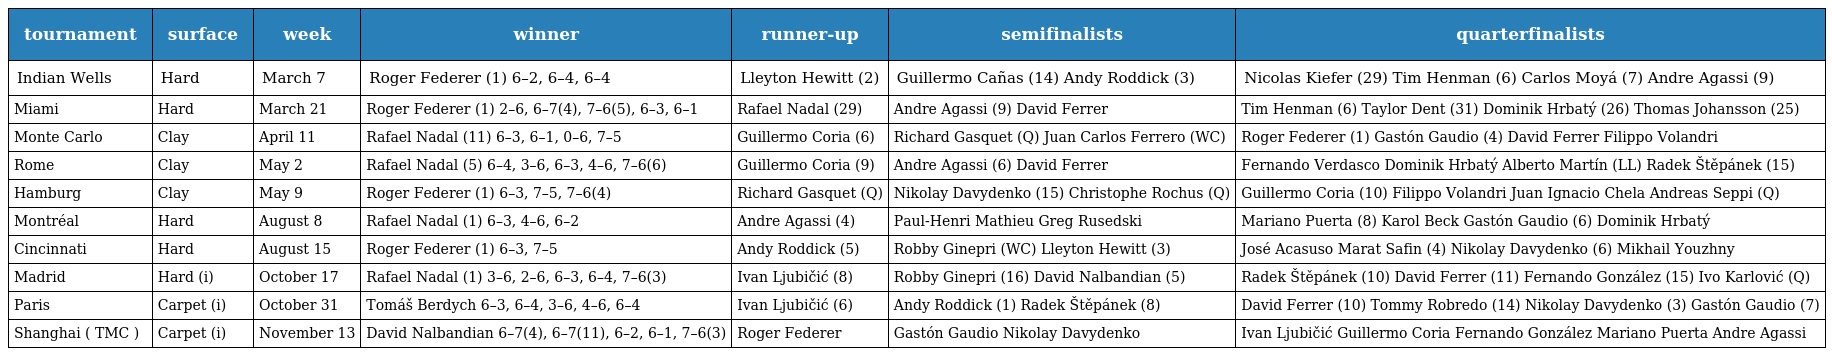
| tournament | surface | week | winner | runner-up | semifinalists | quarterfinalists |
 | --- | --- | --- | --- | --- | --- | --- |
 | Indian Wells | Hard | March 7 | Roger Federer (1) 6–2, 6–4, 6–4 | Lleyton Hewitt (2) | Guillermo Cañas (14) Andy Roddick (3) | Nicolas Kiefer (29) Tim Henman (6) Carlos Moyá (7) Andre Agassi (9) |
 | Miami | Hard | March 21 | Roger Federer (1) 2–6, 6–7(4), 7–6(5), 6–3, 6–1 | Rafael Nadal (29) | Andre Agassi (9) David Ferrer | Tim Henman (6) Taylor Dent (31) Dominik Hrbatý (26) Thomas Johansson (25) |
 | Monte Carlo | Clay | April 11 | Rafael Nadal (11) 6–3, 6–1, 0–6, 7–5 | Guillermo Coria (6) | Richard Gasquet (Q) Juan Carlos Ferrero (WC) | Roger Federer (1) Gastón Gaudio (4) David Ferrer Filippo Volandri |
 | Rome | Clay | May 2 | Rafael Nadal (5) 6–4, 3–6, 6–3, 4–6, 7–6(6) | Guillermo Coria (9) | Andre Agassi (6) David Ferrer | Fernando Verdasco Dominik Hrbatý Alberto Martín (LL) Radek Štěpánek (15) |
 | Hamburg | Clay | May 9 | Roger Federer (1) 6–3, 7–5, 7–6(4) | Richard Gasquet (Q) | Nikolay Davydenko (15) Christophe Rochus (Q) | Guillermo Coria (10) Filippo Volandri Juan Ignacio Chela Andreas Seppi (Q) |
 | Montréal | Hard | August 8 | Rafael Nadal (1) 6–3, 4–6, 6–2 | Andre Agassi (4) | Paul-Henri Mathieu Greg Rusedski | Mariano Puerta (8) Karol Beck Gastón Gaudio (6) Dominik Hrbatý |
 | Cincinnati | Hard | August 15 | Roger Federer (1) 6–3, 7–5 | Andy Roddick (5) | Robby Ginepri (WC) Lleyton Hewitt (3) | José Acasuso Marat Safin (4) Nikolay Davydenko (6) Mikhail Youzhny |
 | Madrid | Hard (i) | October 17 | Rafael Nadal (1) 3–6, 2–6, 6–3, 6–4, 7–6(3) | Ivan Ljubičić (8) | Robby Ginepri (16) David Nalbandian (5) | Radek Štěpánek (10) David Ferrer (11) Fernando González (15) Ivo Karlović (Q) |
 | Paris | Carpet (i) | October 31 | Tomáš Berdych 6–3, 6–4, 3–6, 4–6, 6–4 | Ivan Ljubičić (6) | Andy Roddick (1) Radek Štěpánek (8) | David Ferrer (10) Tommy Robredo (14) Nikolay Davydenko (3) Gastón Gaudio (7) |
 | Shanghai ( TMC ) | Carpet (i) | November 13 | David Nalbandian 6–7(4), 6–7(11), 6–2, 6–1, 7–6(3) | Roger Federer | Gastón Gaudio Nikolay Davydenko | Ivan Ljubičić Guillermo Coria Fernando González Mariano Puerta Andre Agassi |